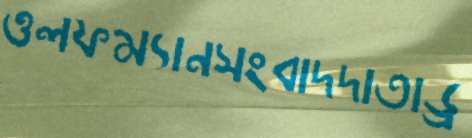
ওলফম্যানসংবাদদাতাড্র